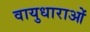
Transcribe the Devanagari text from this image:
वायुधाराओं